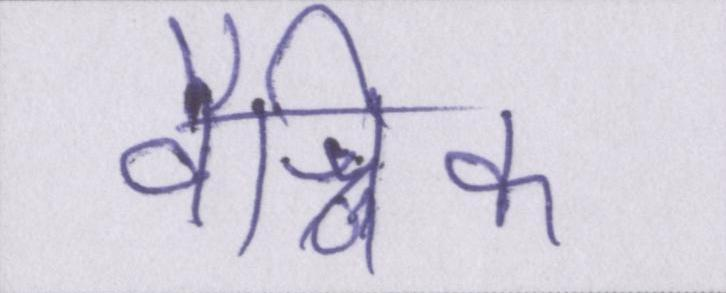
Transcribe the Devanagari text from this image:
वैश्विक